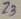
Text: Z3